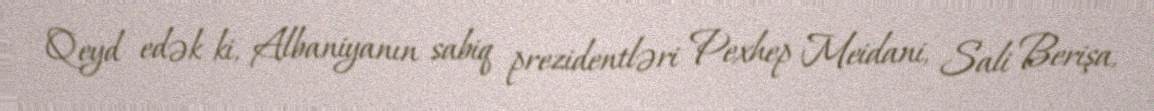
Qeyd edək ki, Albaniyanın sabiq prezidentləri Pexhep Meidani, Sali Berişa,